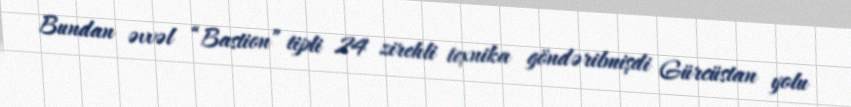
Bundan əvvəl “Bastion” tipli 24 zirehli texnika göndərilmişdi Gürcüstan yolu